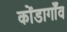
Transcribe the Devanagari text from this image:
कोंडागाँव